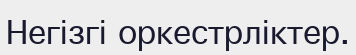
Негізгі оркестрліктер.